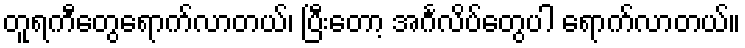
တူရကီတွေရောက်လာတယ်၊ ပြီးတော့ အင်္ဂလိပ်တွေပါ ရောက်လာတယ်။